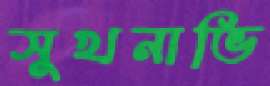
সুখনাভি